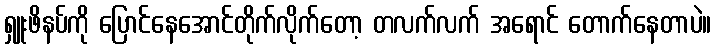
ရှူးဖိနပ်ကို ပြောင်နေအောင်တိုက်လိုက်တော့ တလက်လက် အရောင် တောက်နေတာပဲ။